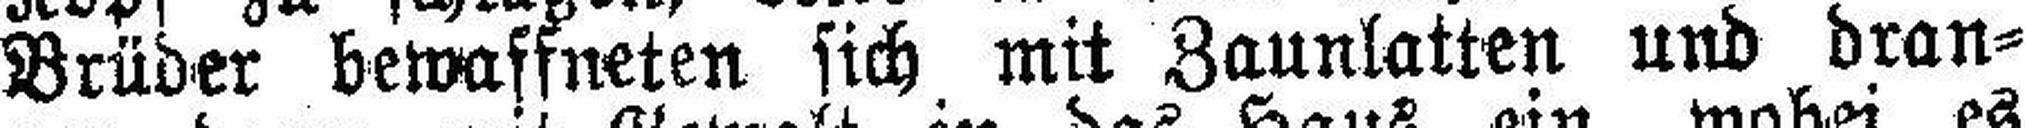
Brüder bewaffneten sich mit Zaunlatten und dran¬